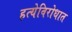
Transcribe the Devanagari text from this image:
हत्येविरोधात